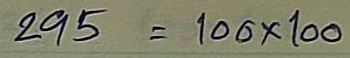
295 = 100x100